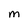
Character: M